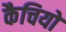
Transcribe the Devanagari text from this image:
कैचियों